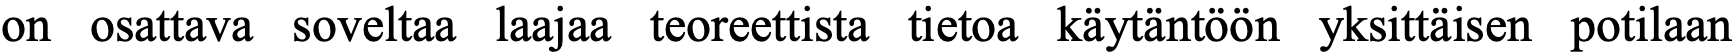
on osattava soveltaa laajaa teoreettista tietoa käytäntöön yksittäisen potilaan